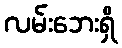
လမ်းဘေးရှိ